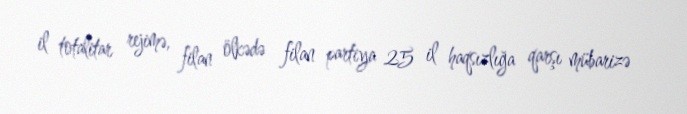
il totalitar rejimə, filan ölkədə filan partiya 25 il haqsızlığa qarşı mübarizə